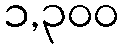
၁,၃၀၀